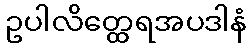
ဥပါလိတ္ထေရအပဒါနံ